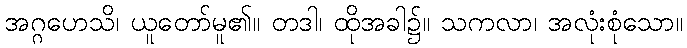
အဂ္ဂဟေသိ၊ ယူတော်မူ၏။ တဒါ၊ ထိုအခါ၌။ သကလာ၊ အလုံးစုံသော။